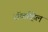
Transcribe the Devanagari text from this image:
सॅकव्हिल